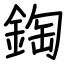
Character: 鋾